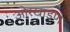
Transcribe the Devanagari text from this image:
ओरखाडणे